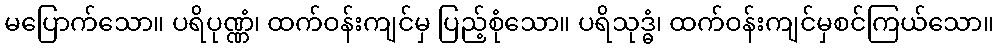
မပြောက်သော။ ပရိပုဏ္ဏံ၊ ထက်ဝန်းကျင်မှ ပြည့်စုံသော။ ပရိသုဒ္ဓံ၊ ထက်ဝန်းကျင်မှစင်ကြယ်သော။